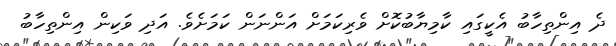
ދެ އިންތިހާބު އެކީގައި ކާމިޔާބުކޮށް ވެރިކަމަށް އަންނަން ކަމަށެވެ. އަދި ވަކިން އިންތިހާބު